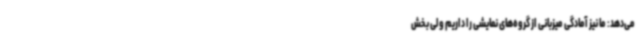
می‌دهد: ما نیز آمادگی میزبانی از گروه‌های نمایشی را داریم ولی بخش